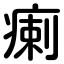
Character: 瘌